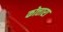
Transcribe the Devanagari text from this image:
कोत्तारा